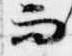
而